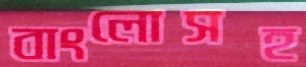
বাংলোসহ